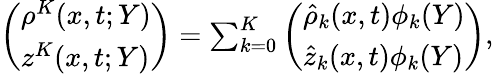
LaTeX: \begin{array}{r}{\left(\begin{array}{l}{\rho^{K}(x,t;Y)}\\ {z^{K}(x,t;Y)}\end{array}\right)=\sum_{k=0}^{K}\left(\begin{array}{l}{\hat{\rho}_{k}(x,t)\phi_{k}(Y)}\\ {\hat{z}_{k}(x,t)\phi_{k}(Y)}\end{array}\right),}\end{array}